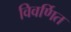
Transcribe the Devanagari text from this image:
विवर्णित